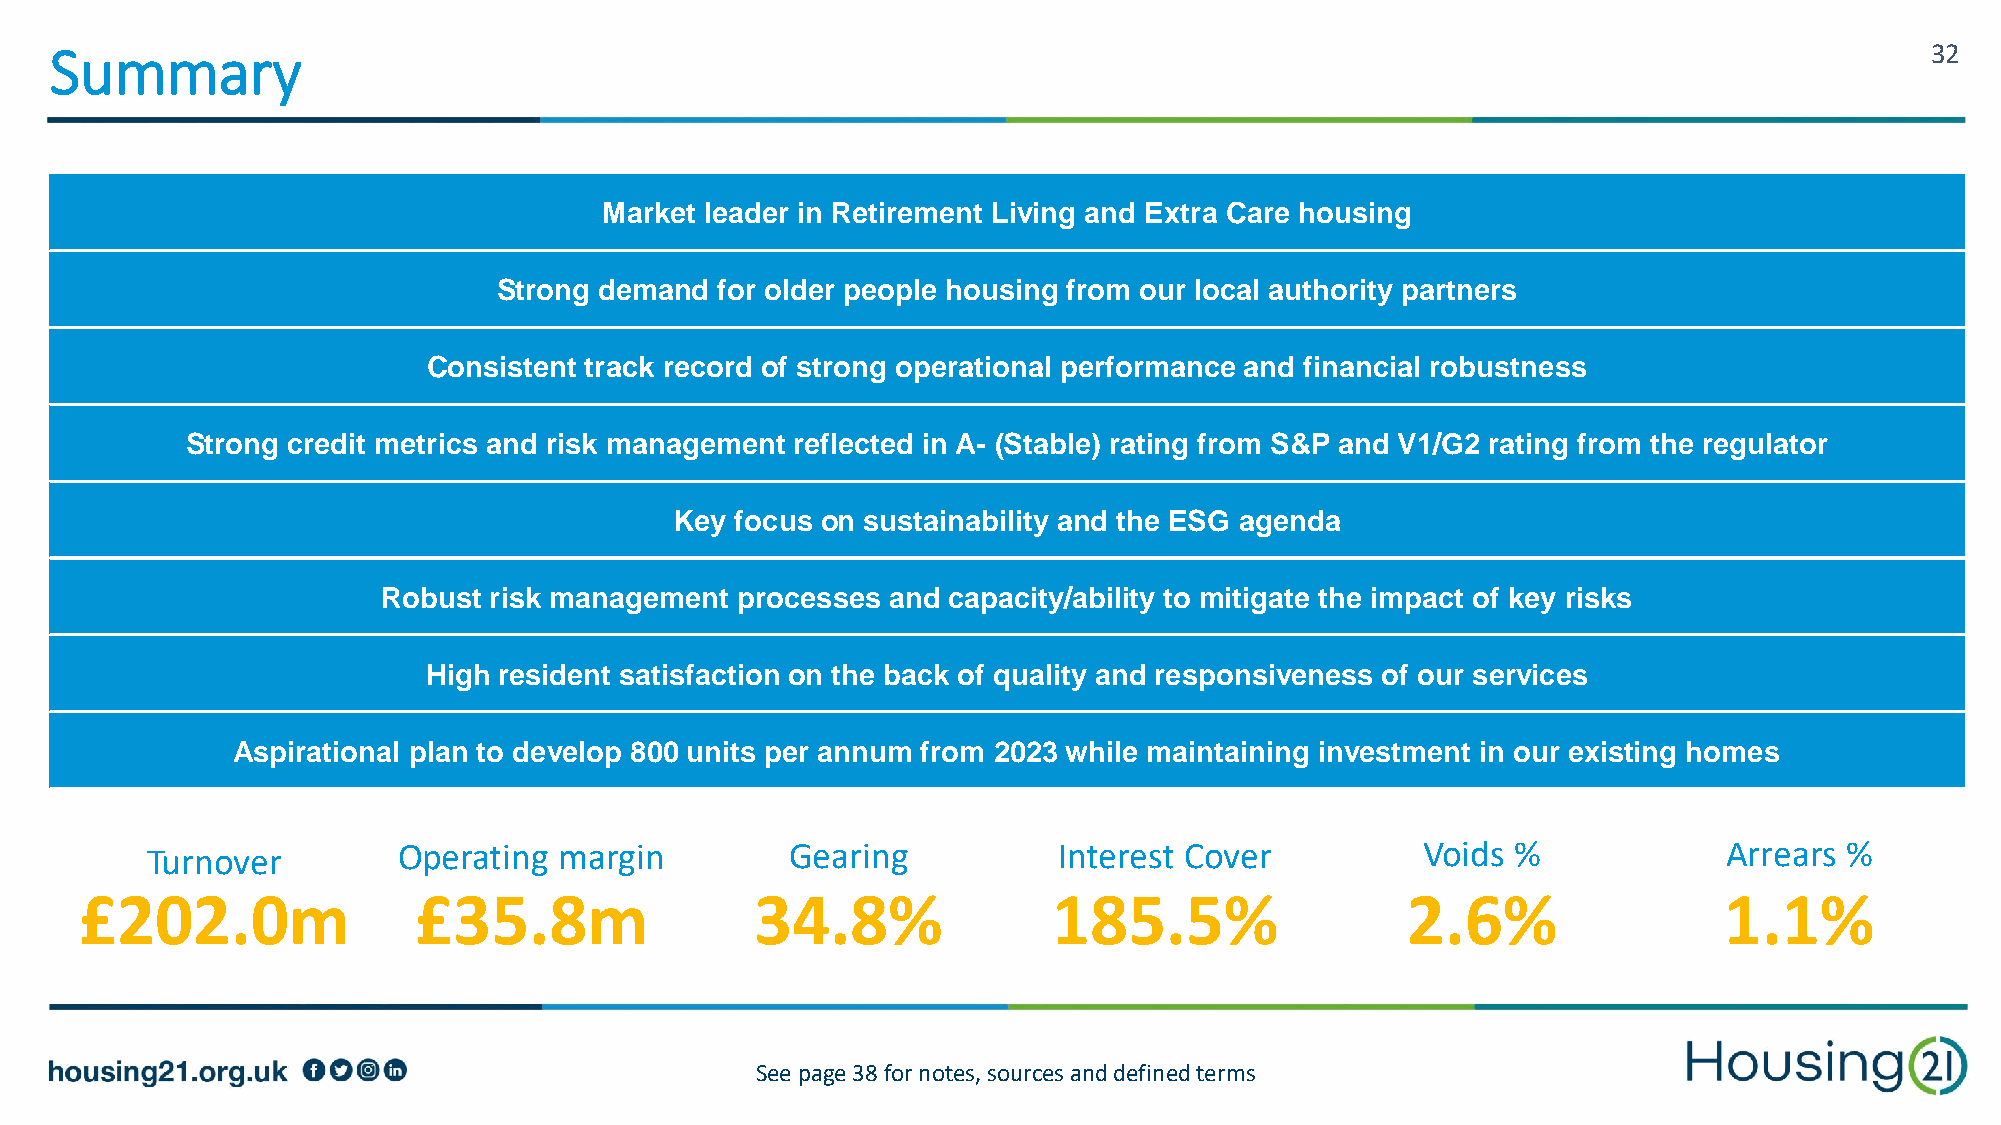
Summary                                                                                                                      32
 Market leader in Retirement Living and Extra Care housing
 Strong demand  for older people housing from our local authority partners
 Consistent track record of strong operational performance and financial robustness
 Strong credit metrics and risk management reflected in A- (Stable) rating from S&P and V1/G2 rating from the regulator
 Key focus on sustainability and the ESG agenda
 Robust risk management  processes and capacity/ability to mitigate the impact of key risks
 High resident satisfaction on the back of quality and responsiveness of our services
 Aspirational plan to develop 800 units per annum from 2023 while maintaining investment in our existing homes
 Turnover        Operating  margin         Gearing           Interest Cover          Voids %             Arrears %
 £202.0m               £35.8m                 34.8%               185.5%                 2.6%                 1.1%
 See page 38 for notes, sources and defined terms